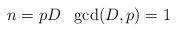
LaTeX: \begin{align*}n=pD \ \ \gcd(D,p)=1\end{align*}